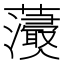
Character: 𧄢